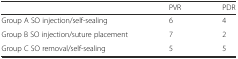
|  | PVR | PDR |
 | --- | --- | --- |
 | Group A SO injection/self-sealing | 6 | 4 |
 | Group B SO injection/suture placement | 7 | 2 |
 | Group C SO removal/self-sealing | 5 | 5 |